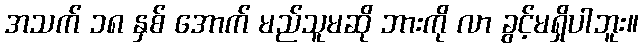
အသက် ၁၈ နှစ် အောက် မည်သူမဆို ဘားကို လာ ခွင့်မရှိပါဘူး။